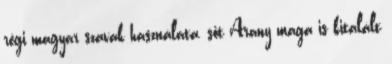
régi magyar szavak használata, sőt Arany maga is kitalált